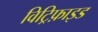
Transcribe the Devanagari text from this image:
विट्रिफ़ाइड